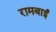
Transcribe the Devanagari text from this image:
रामबाईं